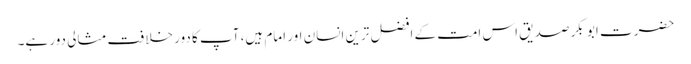
حضرت ابو بکر صدیق اس امت کے افضل ترین انسان اور امام ہیں، آپ کا دور خلافت مثالی دور ہے۔